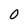
Character: 0